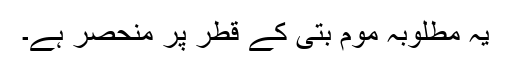
یہ مطلوبہ موم بتی کے قطر پر منحصر ہے۔